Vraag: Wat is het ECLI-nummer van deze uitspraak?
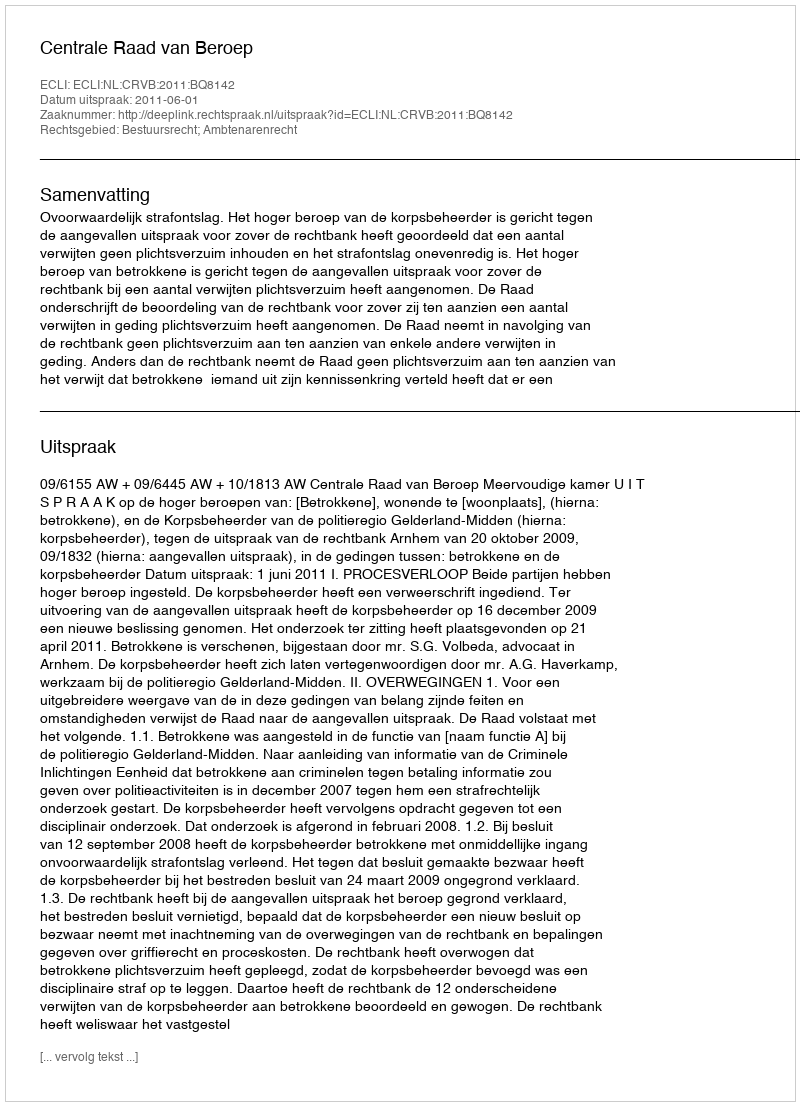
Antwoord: ECLI:NL:CRVB:2011:BQ8142